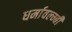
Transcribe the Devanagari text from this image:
धर्मावल्म्बी